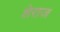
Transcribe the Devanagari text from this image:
शेराज